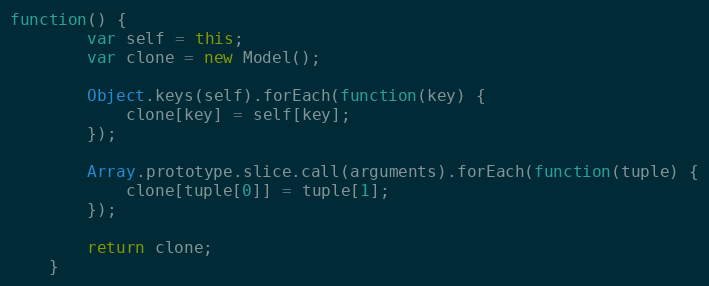
Language: JavaScript
function() {
        var self = this;
        var clone = new Model();

        Object.keys(self).forEach(function(key) {
            clone[key] = self[key];
        });

        Array.prototype.slice.call(arguments).forEach(function(tuple) {
            clone[tuple[0]] = tuple[1];
        });

        return clone;
    }